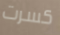
كسرت